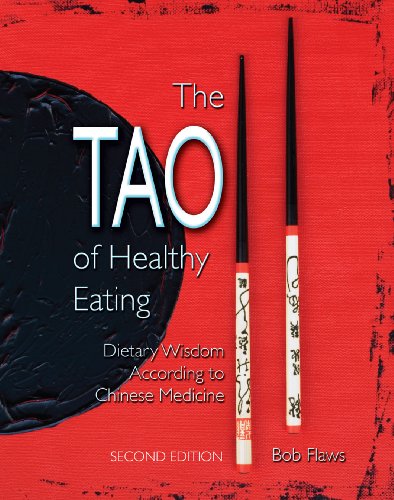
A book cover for The Tao of Healthy Eating: Dietary Wisdom According to Chinese Medicine; Bob Flaws; Health, Fitness & Dieting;